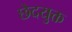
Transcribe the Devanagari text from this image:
छेदयुक्त